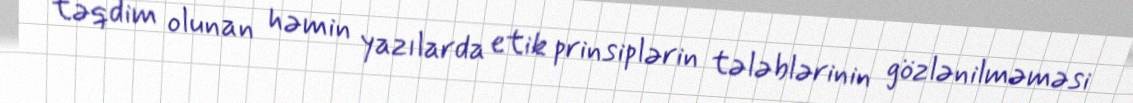
təqdim olunan həmin yazılarda etik prinsiplərin tələblərinin gözlənilməməsi